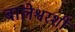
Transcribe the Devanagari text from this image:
बालेश्वरशी